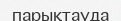
парықтауда